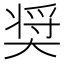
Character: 奨